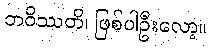
ဘဝိဿတိ၊ ဖြစ်ပါဦးလော့။